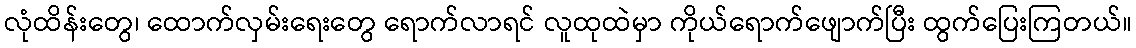
လုံထိန်းတွေ၊ ထောက်လှမ်းရေးတွေ ရောက်လာရင် လူထုထဲမှာ ကိုယ်ရောက်ဖျောက်ပြီး ထွက်ပြေးကြတယ်။